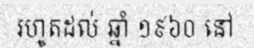
រហូតដល់ ឆ្នាំ ១៩៦០ នៅ